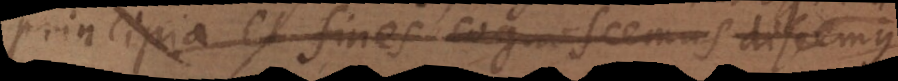
principia et fines cognoscemus, et